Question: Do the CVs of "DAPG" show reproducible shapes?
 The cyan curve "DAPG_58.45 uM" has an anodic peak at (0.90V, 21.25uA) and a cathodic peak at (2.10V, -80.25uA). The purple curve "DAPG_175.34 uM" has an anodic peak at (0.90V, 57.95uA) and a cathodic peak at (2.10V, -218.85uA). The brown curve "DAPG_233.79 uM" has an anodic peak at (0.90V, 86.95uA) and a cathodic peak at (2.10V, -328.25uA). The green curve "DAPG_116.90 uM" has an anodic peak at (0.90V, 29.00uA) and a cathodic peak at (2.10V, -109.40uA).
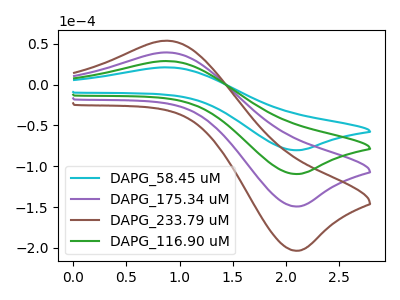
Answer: <think>All the peaks in "DAPG_58.45 uM" have a peak in "DAPG_175.34 uM" at the same potential. Every peak in "DAPG_58.45 uM" is lower than every peak in "DAPG_175.34 uM". All the peaks in "DAPG_58.45 uM" have a peak in "DAPG_233.79 uM" at the same potential. Every peak in "DAPG_58.45 uM" is lower than every peak in "DAPG_233.79 uM". All the peaks in "DAPG_58.45 uM" have a peak in "DAPG_116.90 uM" at the same potential. Every peak in "DAPG_58.45 uM" is lower than every peak in "DAPG_116.90 uM". All the peaks in "DAPG_175.34 uM" have a peak in "DAPG_233.79 uM" at the same potential. Every peak in "DAPG_175.34 uM" is lower than every peak in "DAPG_233.79 uM". All the peaks in "DAPG_175.34 uM" have a peak in "DAPG_116.90 uM" at the same potential. Every peak in "DAPG_175.34 uM" is higher than every peak in "DAPG_116.90 uM". All the peaks in "DAPG_233.79 uM" have a peak in "DAPG_116.90 uM" at the same potential. Every peak in "DAPG_233.79 uM" is higher than every peak in "DAPG_116.90 uM".
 </think>
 <answer>All the CV's of "DAPG" have similar shape.</answer>
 <eval>follow_rule</eval>